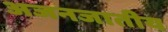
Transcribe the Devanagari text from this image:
अजनजातीय